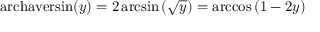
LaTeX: \operatorname { a r c h a v e r s i n } ( y ) = 2 \arcsin \left( { \sqrt { y } } \right) = \operatorname { a r c c o s } \left( 1 - 2 y \right)